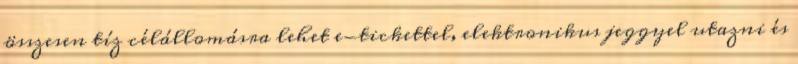
összesen tíz célállomásra lehet e-tickettel, elektronikus jeggyel utazni és